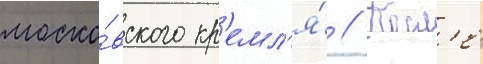
моско́вского кр'емл'я́ // Посл'е